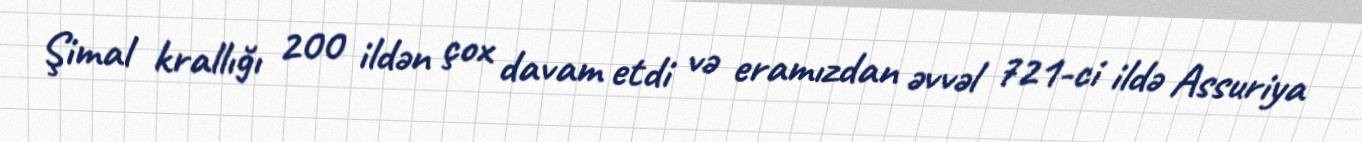
Şimal krallığı 200 ildən çox davam etdi və eramızdan əvvəl 721-ci ildə Assuriya